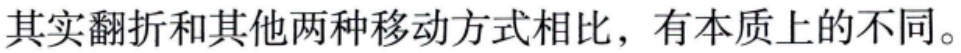
其实翻折和其他两种移动方式相比，有本质上的不同。